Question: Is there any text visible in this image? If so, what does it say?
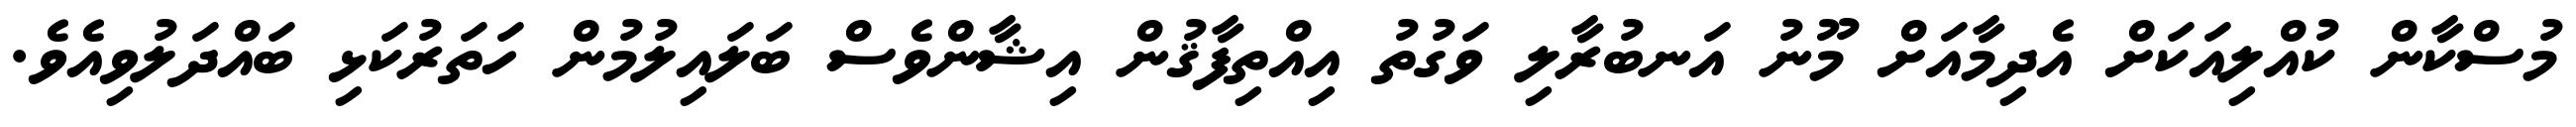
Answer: މުސްކާން ކުއްލިއަކަށް އެދިމާއަށް މޫނު އަނބުރާލި ވަގުތު އިއްތިފާޤުން އިޝާންވެސް ބަލައިލުމުން ހަތަރުކަޅި ބައްދަލުވިއެވެ.